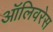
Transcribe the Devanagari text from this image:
ऑलिवरेस